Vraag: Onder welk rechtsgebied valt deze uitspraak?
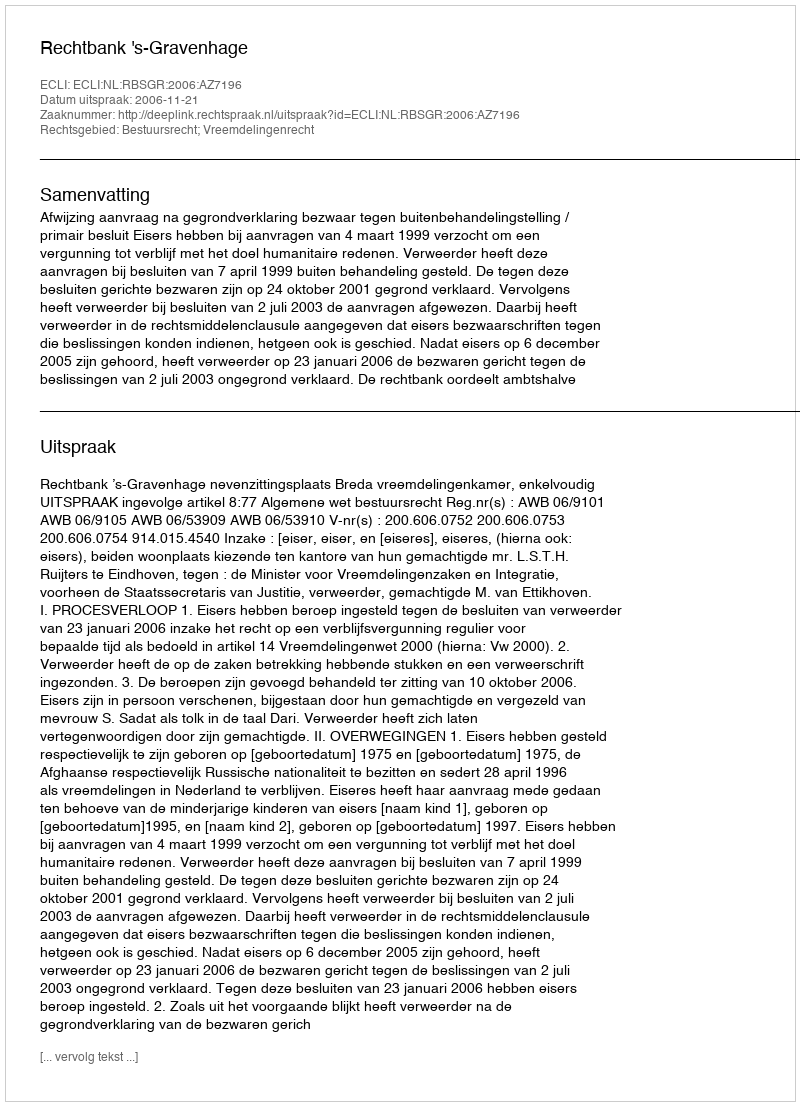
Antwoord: Bestuursrecht; Vreemdelingenrecht